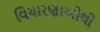
વિચારણાઓથી